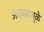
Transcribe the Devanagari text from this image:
अवयवांमुळे